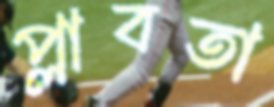
প্লাবতা